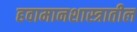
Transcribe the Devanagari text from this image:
हवामानशास्त्रातील